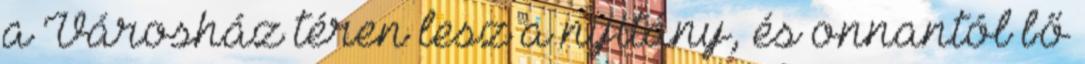
a Városház téren lesz a nyitány, és onnantól bő